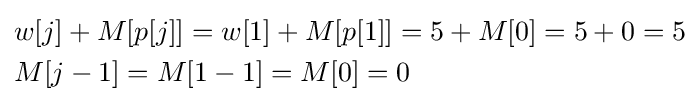
{\begin{aligned}&w[j]+M[p[j]]=w[1]+M[p[1]]=5+M[0]=5+0=5\\&M[j-1]=M[1-1]=M[0]=0\end{aligned}}